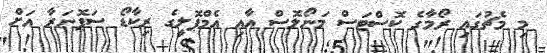
މި މެޗުގައި ރޯމާގެ ކޮސްޓަސް މަނޯލޮސް އާއި އެމްޕޮލީގެ ރިކާޑޯ ސަޕޮނަރާ އަށް